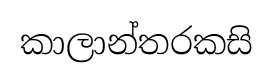
කාලාන්තරකසි